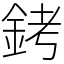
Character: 銬